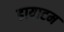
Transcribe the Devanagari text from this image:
डायाटम